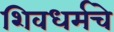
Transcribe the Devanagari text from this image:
शिवधर्मचे